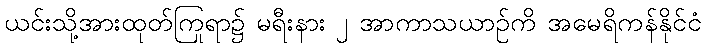
ယင်းသို့အားထုတ်ကြရာ၌ မရီးနား ၂ အာကာသယာဉ်ကို အမေရိကန်နိုင်ငံ